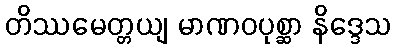
တိဿမေတ္တယျ မာဏဝပုစ္ဆာ နိဒ္ဒေသ